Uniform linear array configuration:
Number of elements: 4
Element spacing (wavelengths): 0.75
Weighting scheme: cosine
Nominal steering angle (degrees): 60
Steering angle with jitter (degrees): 61.275
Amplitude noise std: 0.05
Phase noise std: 0.05

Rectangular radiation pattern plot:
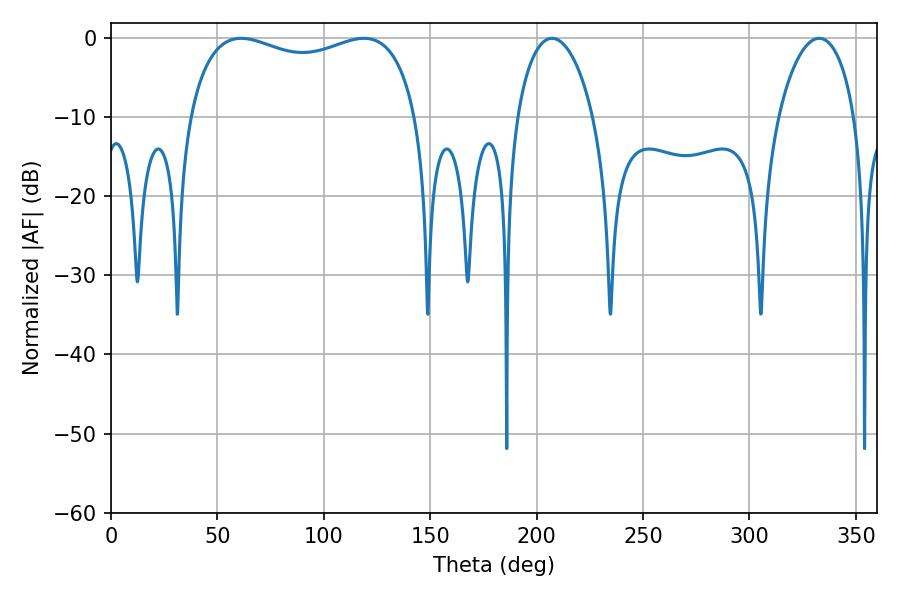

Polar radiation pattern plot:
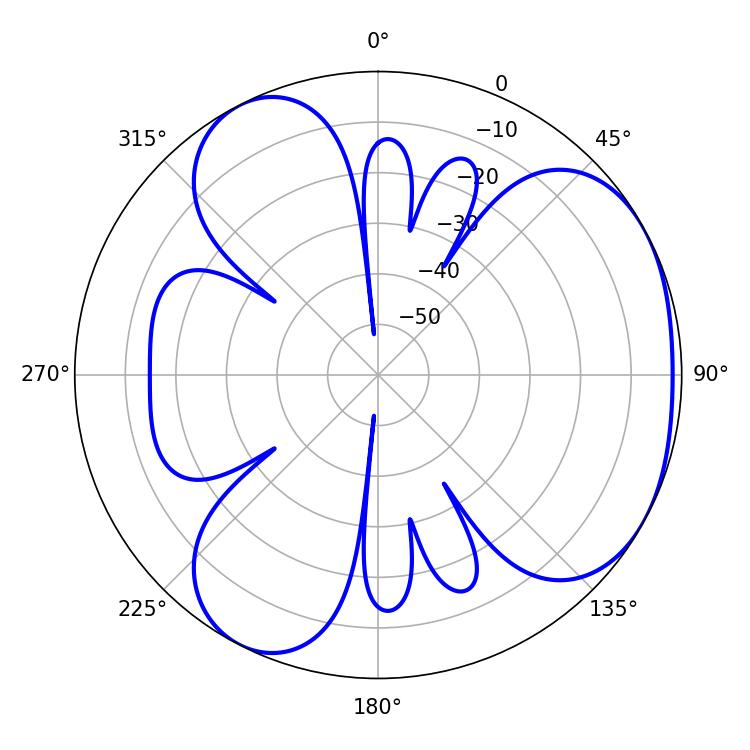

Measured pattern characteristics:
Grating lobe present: TRUE
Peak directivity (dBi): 3.847
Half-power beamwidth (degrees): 88.2
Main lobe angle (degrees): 61.2